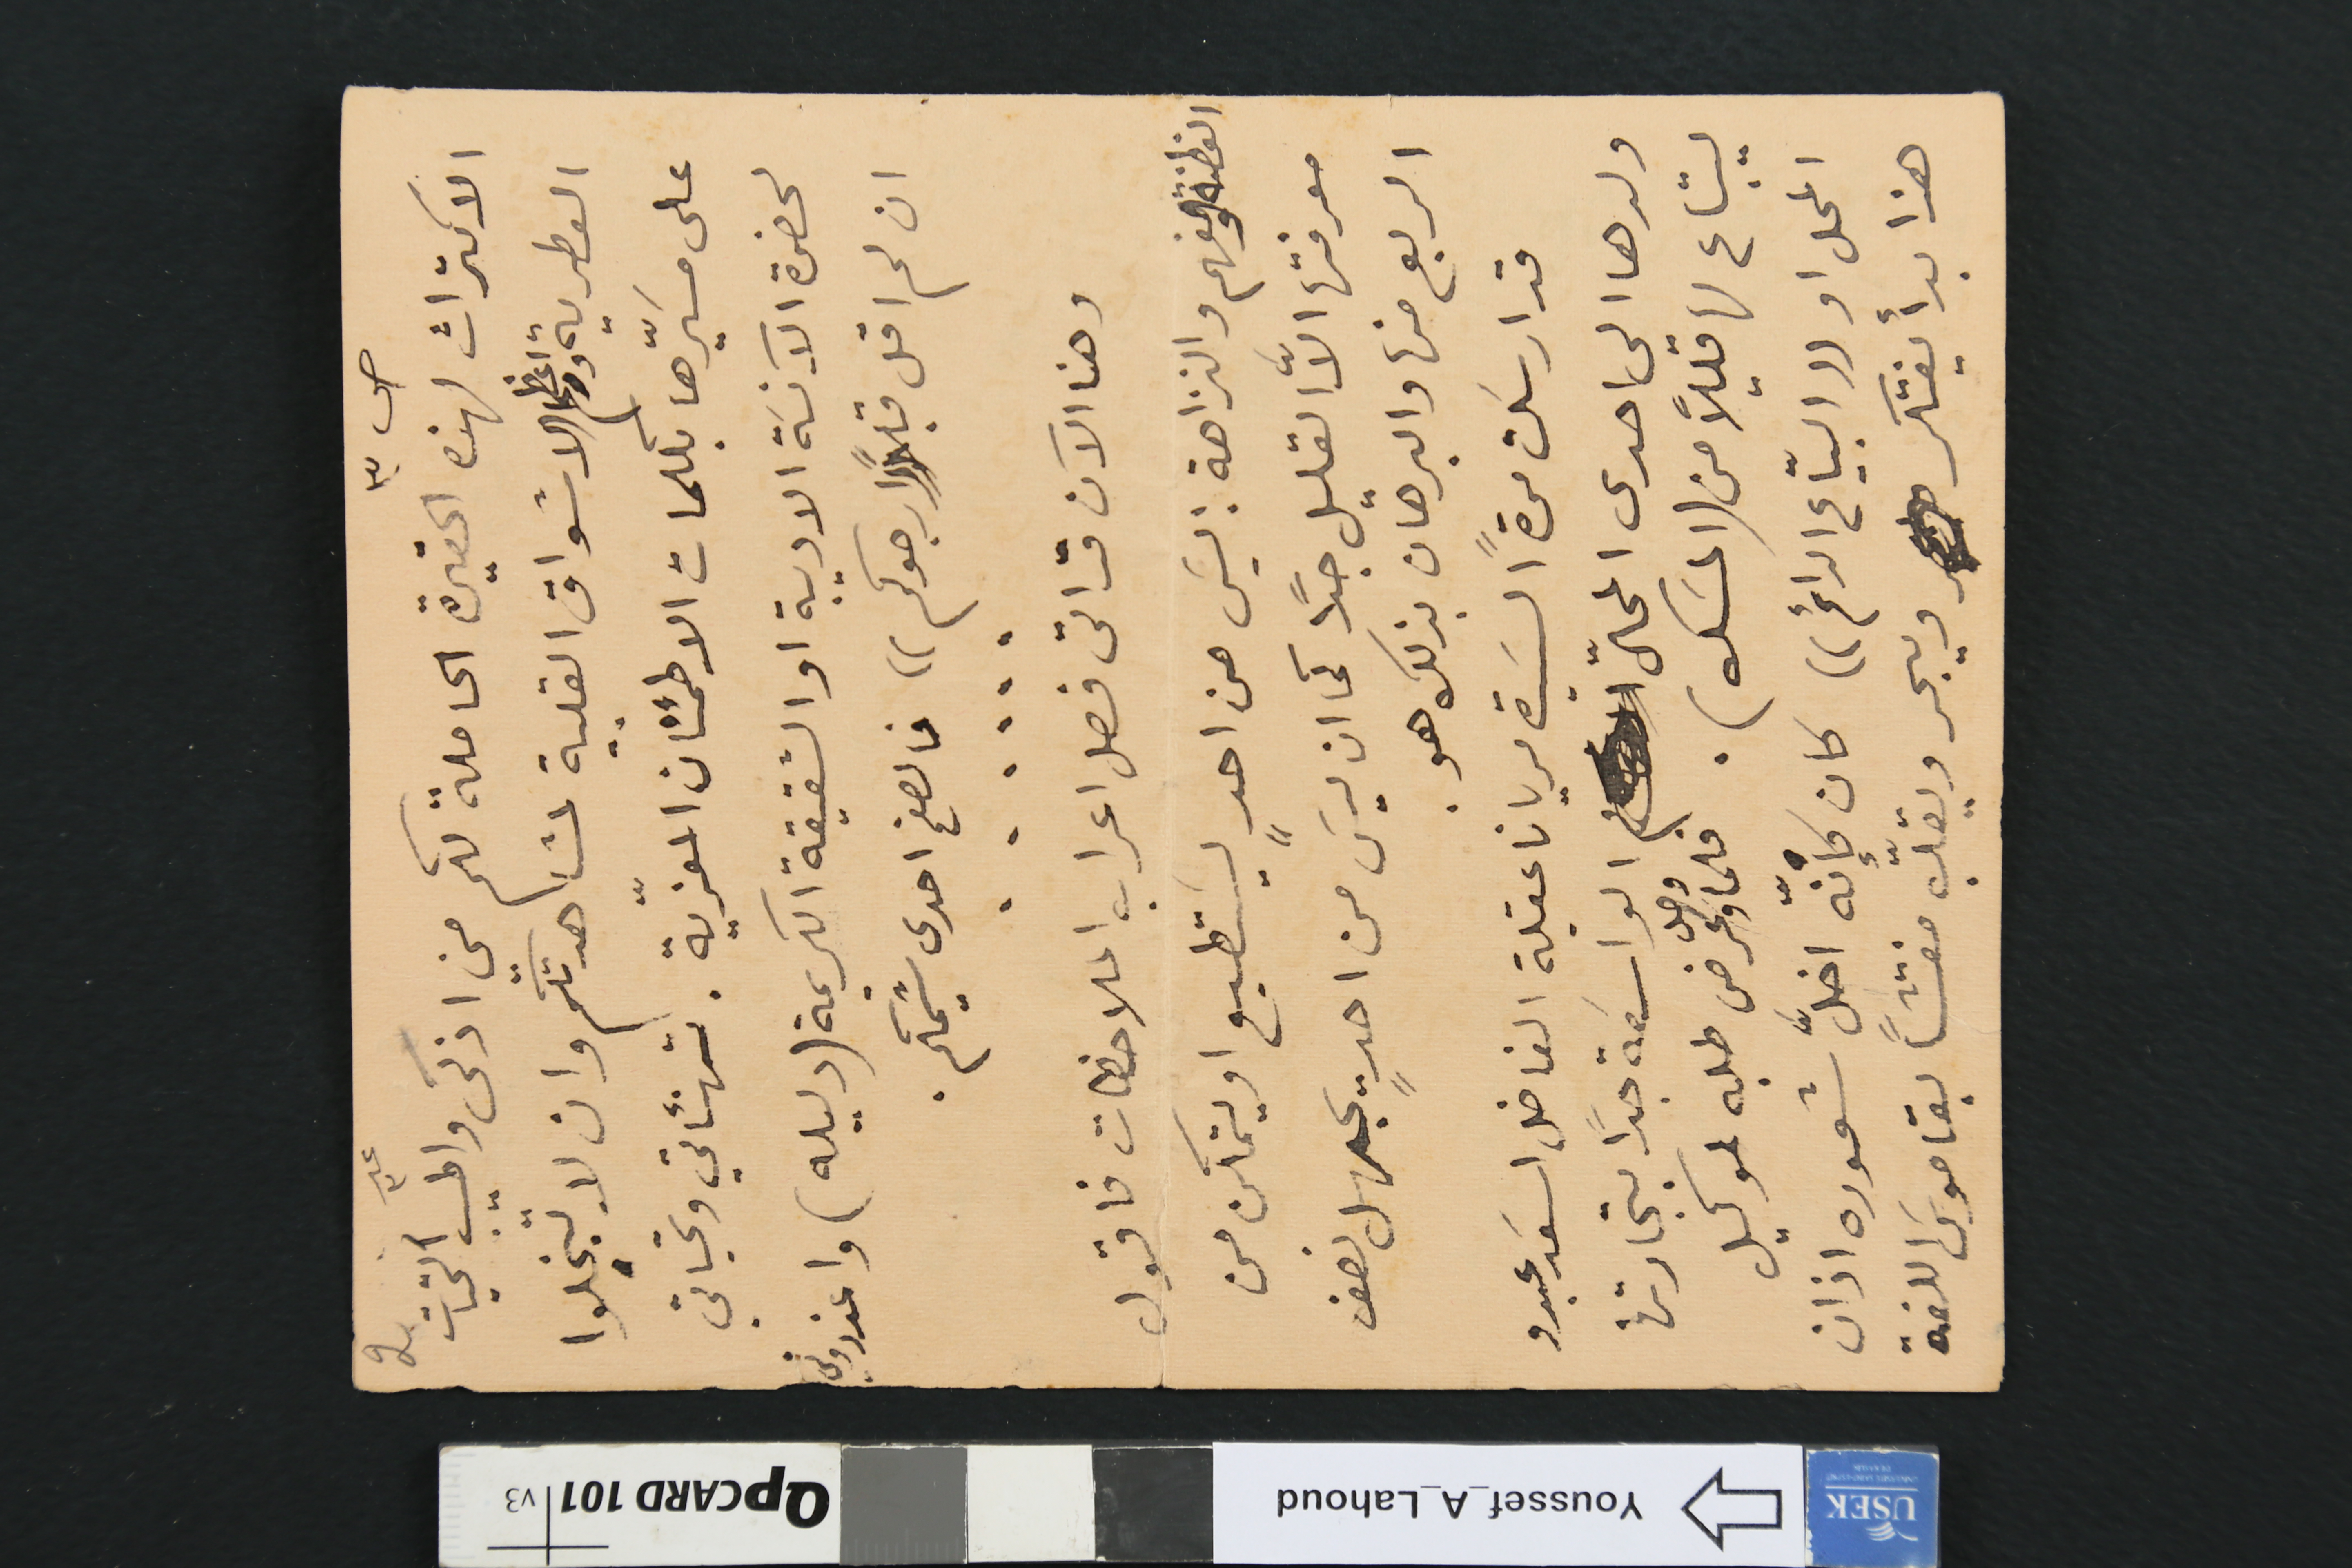
ص٣
عد ٣
الاكتراث لهذه الحقيرة الحاملة لكم من اذكى واطيب التحيات
العطرية واعظم الاشواق القلبية لمشاهدتكم وان لا تبخلوا
على مسَيّرها بكلمات الاطمئنان المعزّية. تهنئاتي وتحياتي
لحضرة الآنسَة الاديبة او الشقيقة الكريمة (دليله) واعذروني
ان لم اقل قبلًا ((ارجوكم)) فالصفح احدى شيمكم.
وهنا الان قد اتى فصل اعراب الملاحظات فاقول
الفطنة والفهم والنزاهة: ليسَ من احدٍ يسَتطيع او يتمكن من
معرفتها الاَّ القليل جدًا كما ان ليسَ من احدٍ يجهل نصف
الربع منها والبرهان بذلك هو.
قد ارسلت مرةً السَيدة مريانا عقيلة الفاضل اسَعد عبدو
ولدها الي احدى المحاّل الواسَعة جدًا بتجارتها
ليبتاع لها قليلاً من (المسَك). فلما وصل وعرض طلبه لوكيل
المحل او ((البيّاع الدائم)) كان كإنّه اخلَّ شعوره اذان
هذا بدأ يفتكر ويبحر ويقلّب مفتشًا بقاموسَ اللغة
2